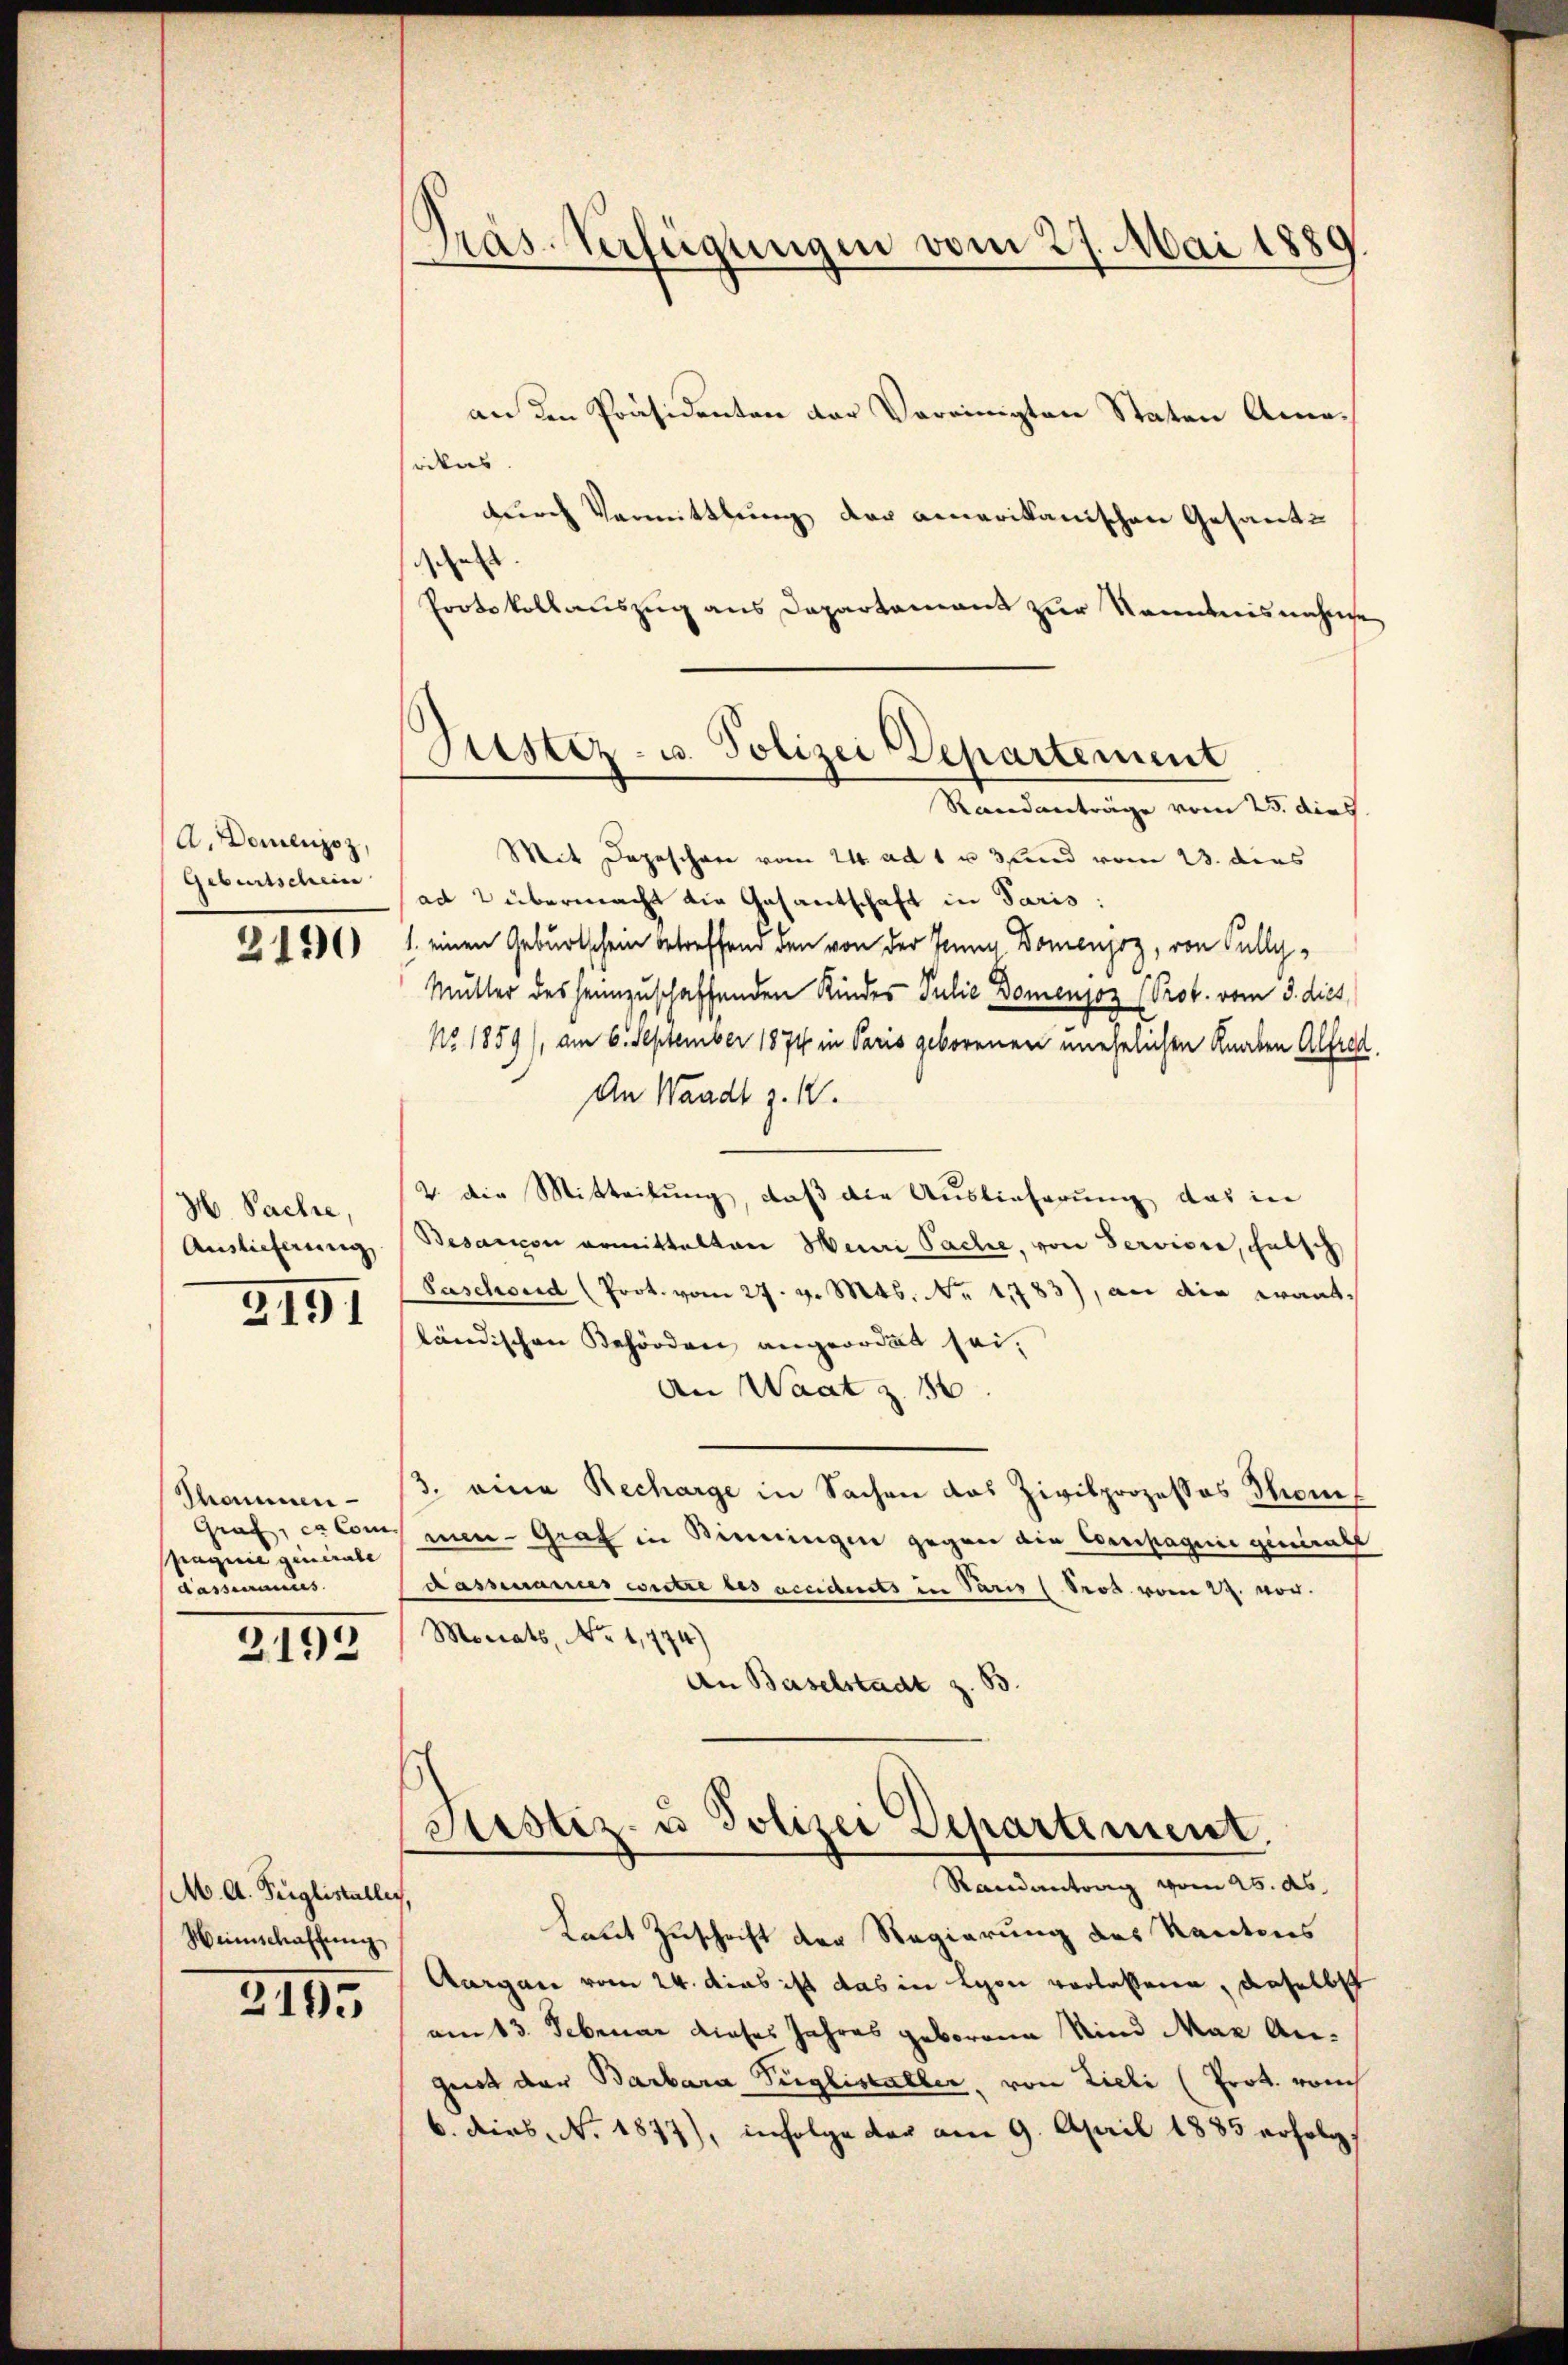
A. Domenjoz,
Geburtschein
2190

H. Pachte,
Auslieferung

2191

Thammen
Graf, et Com
pagnie ginirate
dasseraus

2192

M. A. Feiglistaller
Weinschaffŭng

2195

Präs. Verfügungen vom 27. Mai 1889

Justiz- u. Polizei Departement

an den Präsidenten der Vereinigten Staten Amarikas |
durch Vermittlung der amerikanischen Gesant¬
 |
Protokollauszug aus Departement zur Romanisnahme
Randanträge vom 25. dies
Mit Depeschen vom 24. ad 1. u 3 und vom 23. dies
(ad 2 übermacht die Gasantschaft in Paris:
1. einen Geburtschein betreffend den von der Jenny Domenjoz, von Pully-
Mutter des heimzuschaffenden Kindes Julie Domenjoz (Prok. vom 3. dies
No. 1859/, am 6. September 1874 in Paris geborenen unehelichen Knaben Alfred
An Waadt z. 1.
V. Die Mitteilung, daß die Auslieferung das in
Besaricon armittelten Meuri Sache, von Servisie, falsch
Paschoud (Prot. vom 27. v. Mts. No. 1783), an die wantländischen Behörden angeordet sei.
An Waatz. 36
13. eine Recharge in Sachen das Zivilprozessos Thom
men-Graf in Benningen gegen die Compagnie generale
Kassenamtes wettre des acciderts in Paris (Prot vom 22. vor.
Mariats, No 1,774)
An Baselstadt z. B.

Justiz- u Polizei Departement.
Randantrag vom 25. ds.

Laut Zuschrift der Regierung des Kantons
Aargau vom 24. dies ist das in Lyon verlassene, daselbst
am 13. Februar dieses Jahres geborene Kind Max Angiert der Barbara Tiglistaller, von Zieli (Prot. vom
6. dies No. 1877), infolge der am 9. April 1835 erfolgt